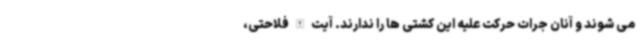
می شوند و آنان جرات حرکت علیه این کشتی ها را ندارند. آیت الله فلاحتی،